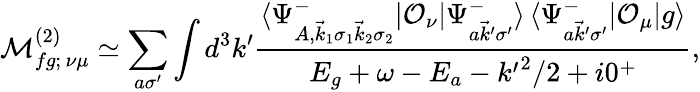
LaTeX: \mathcal{M}_{fg;\, \nu\mu}^{(2)}\simeq\sum_{a\sigma^{\prime}}\int d^{3}k^{\prime}\frac{\langle\Psi_{A,\vec{k}_{1}\sigma_{1}\vec{k}_{2}\sigma_{2}}^{-}|\mathcal{O}_{\nu}|\Psi_{a\vec{k}^{\prime}\sigma^{\prime}}^{-}\rangle\, \langle\Psi_{a\vec{k}^{\prime}\sigma^{\prime}}^{-}|\mathcal{O}_{\mu}|g\rangle}{E_{g}+\omega-E_{a}-{k^{\prime}}^{2}/2+i0^{+}},